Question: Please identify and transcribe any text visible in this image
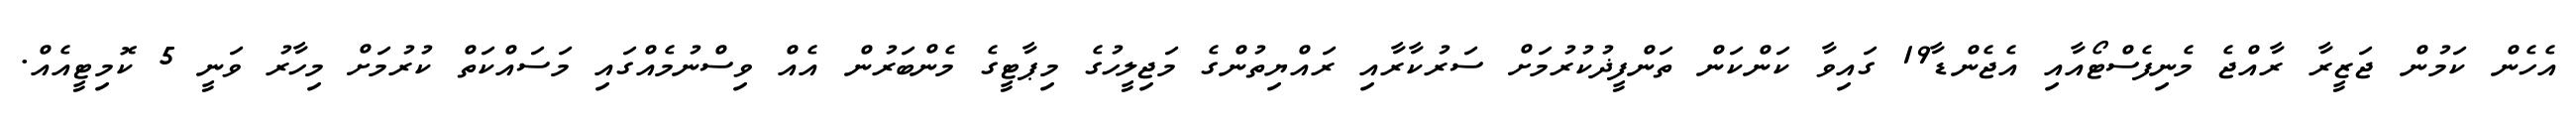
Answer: އެހެން ކަމުން ޖަޒީރާ ރާއްޖެ މެނިފެސްޓޯއާއި އެޖެންޑާ19 ގައިވާ ކަންކަން ތަންފީޛުކުރުމަށް ސަރުކާރާއި ރައްޔިތުންގެ މަޖިލީހުގެ މިޕާޓީގެ މެންބަރުން އެއް ވިސްނުމެއްގައި މަސައްކަތް ކުރުމަށް މިހާރު ވަނީ 5 ކޮމިޓީއެއް.